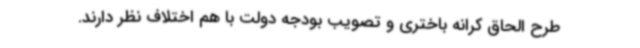
طرح الحاق کرانه باختری و تصویب بودجه دولت با هم اختلاف نظر دارند.